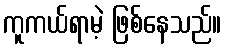
ကူကယ်ရာမဲ့ ဖြစ်နေသည်။